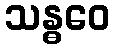
သန္ဓဝေ